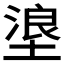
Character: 𪤊